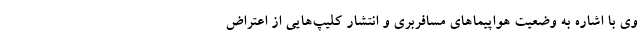
وی با اشاره به وضعیت هواپیماهای مسافربری و انتشار کلیپ‌هایی از اعتراض